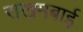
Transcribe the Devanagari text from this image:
राखमबाई